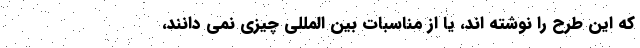
که این طرح را نوشته اند، یا از مناسبات بین المللی چیزی نمی دانند،